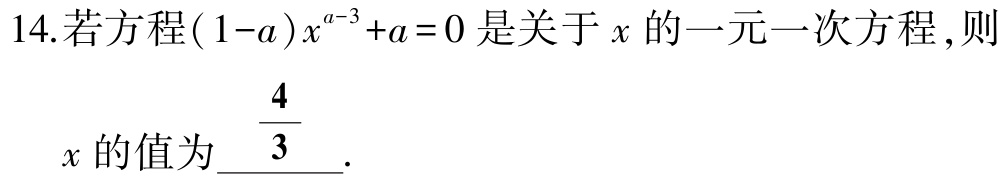
14.若方程\((1 - a)x^{a - 3} + a = 0\)是关于\(x\)的一元一次方程,则

\(x\)的值为\(\dfrac{4}{3}\).